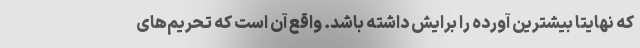
که نهایتا بیشترین آورده را برایش داشته باشد. واقع آن است که تحریم‌های